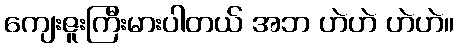
ကျေးဇူးကြီးမားပါတယ် အဘ ဟဲဟဲ ဟဲဟဲ။